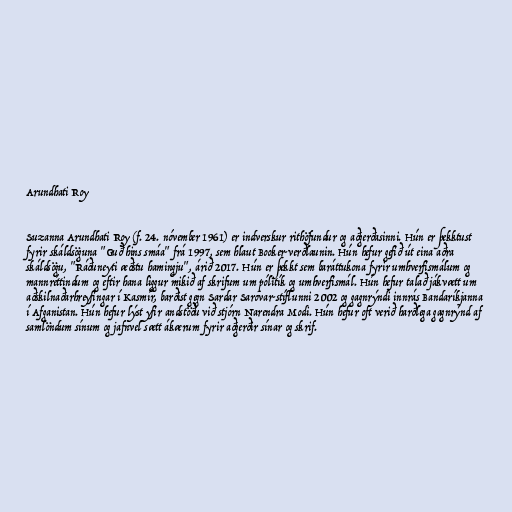
Arundhati Roy

Suzanna Arundhati Roy (f. 24. nóvember 1961) er indverskur rithöfundur og aðgerðasinni. Hún er þekktust
fyrir skáldsöguna "Guð hins smáa" frá 1997, sem hlaut Booker-verðlaunin. Hún hefur gefið út eina aðra
skáldsögu, "Ráðuneyti æðstu hamingju", árið 2017. Hún er þekkt sem baráttukona fyrir umhverfismálum og
mannréttindum og eftir hana liggur mikið af skrifum um pólitík og umhverfismál. Hún hefur talað jákvætt um
aðskilnaðarhreyfingar í Kasmír, barðist gegn Sardar Sarovar-stíflunni 2002 og gagnrýndi innrás Bandaríkjanna
í Afganistan. Hún hefur lýst yfir andstöðu við stjórn Narendra Modi. Hún hefur oft verið harðlega gagnrýnd af
samlöndum sínum og jafnvel sætt ákærum fyrir aðgerðir sínar og skrif.